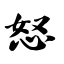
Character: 怒